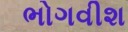
ભોગવીશ